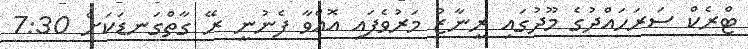
ޓްރެކް ސަރަހައްދުގެ މޫދުގައި ރީނާޒު މަރުވެފައި އޮއްވާ ފެނުނީ ރޭ ގާތްގަނޑަކަށް 7:30